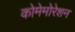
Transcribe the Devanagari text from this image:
कोमेमोरेशन